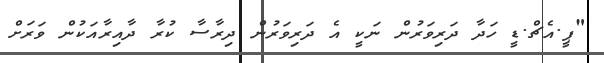
"ޕީ.އެޗް.ޑީ ހަދާ ދަރިވަރުން ނަކީ އެ ދަރިވަރުން ދިރާސާ ކުރާ ދާއިރާއަކުން ވަރަށް